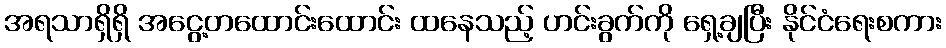
အရသာရှိရှိ အငွေ့တထောင်းထောင်း ထနေသည့် ဟင်းခွက်ကို ရှေ့ချပြီး နိုင်ငံရေးစကား